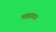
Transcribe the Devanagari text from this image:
च्छावन